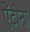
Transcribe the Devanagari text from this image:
ऐंटीना